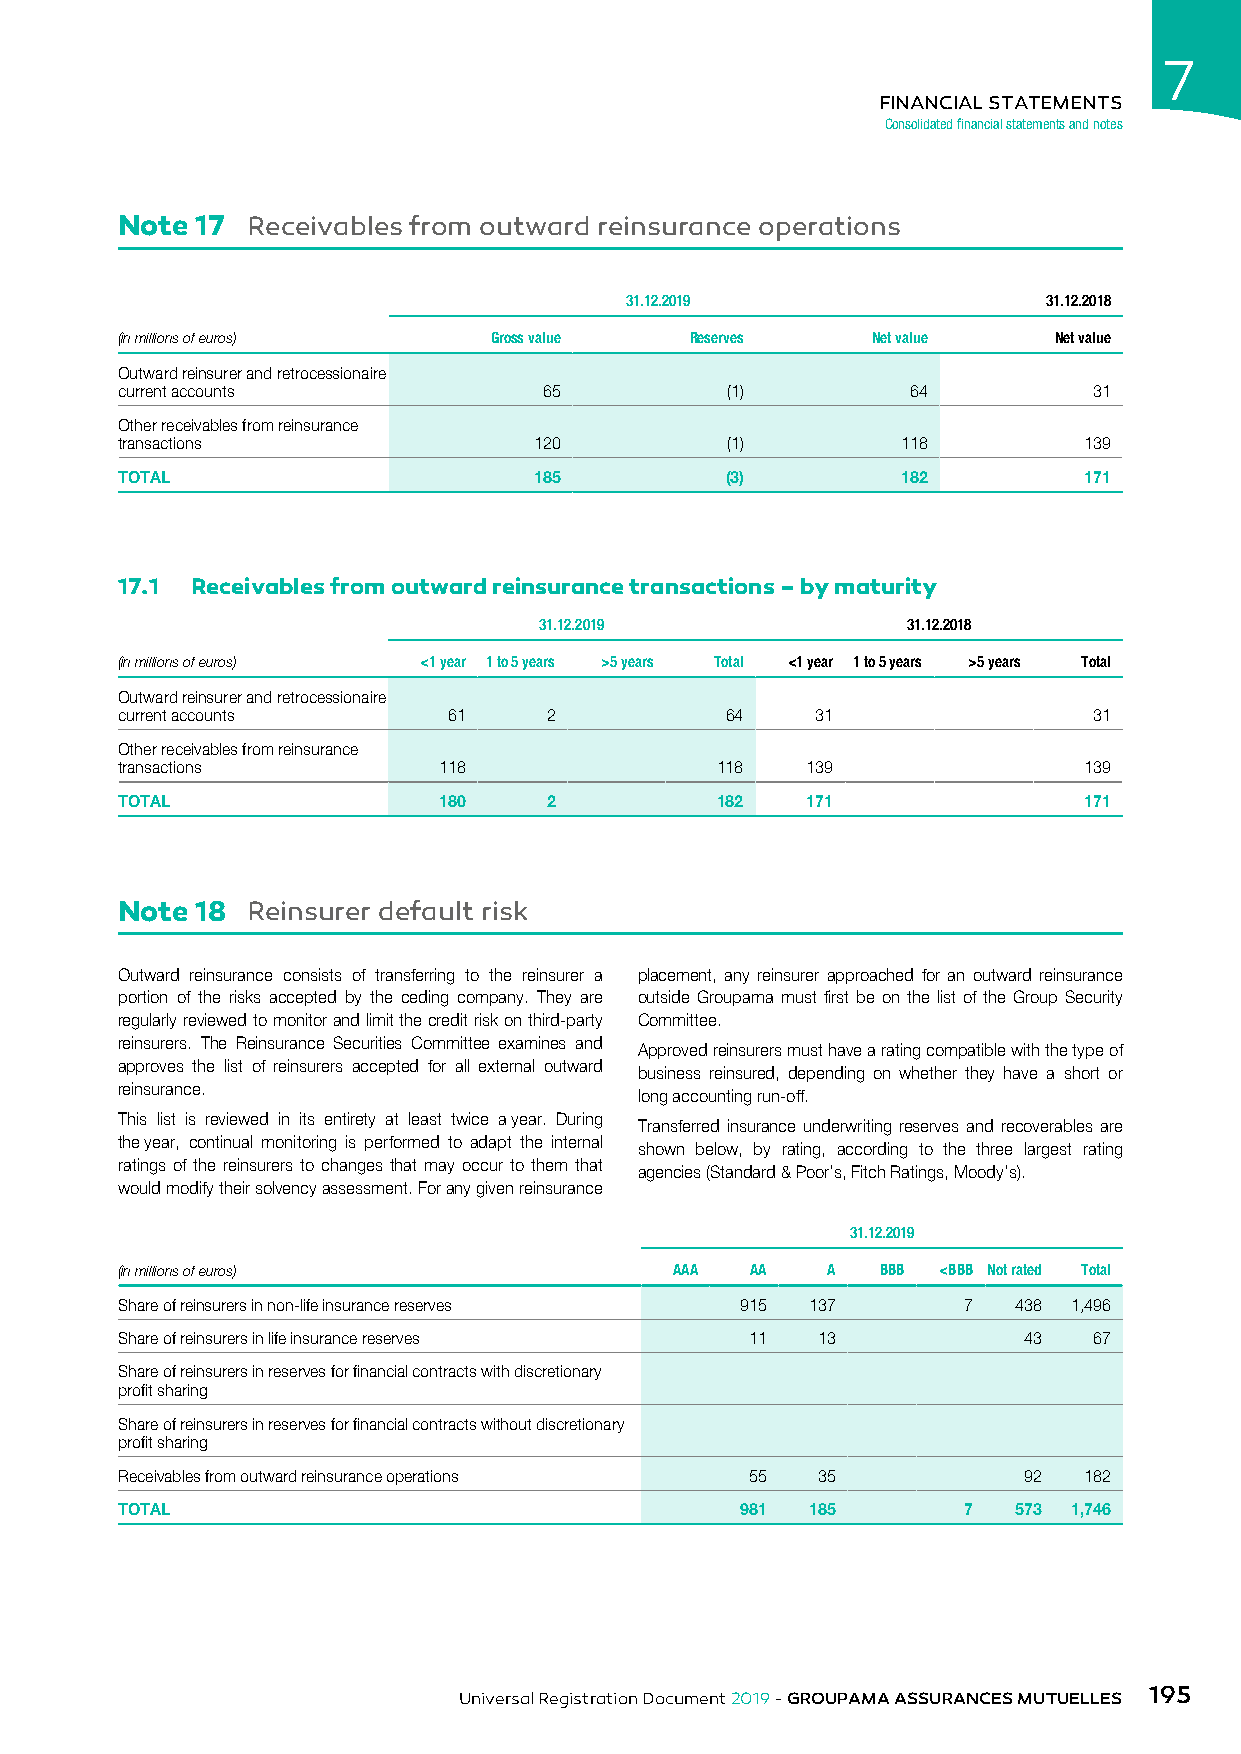
7
 FINANCIAL STATEMENTS
 Consolidated financial statements and notes
 Note 17 Receivables from outward reinsurance operations
 31.12.2019                  31.12.2018
 (in millions of euros)  Gross value   Reserves    Net value   Net value
 Outward reinsurer and retrocessionaire
 current accounts            65          (1)         64          31
 Other receivables from reinsurance
 transactions               120          (1)         118         139
 TOTAL                      185          (3)         182         171
 17.1 Receivables from outward reinsurance transactions – by maturity
 31.12.2019              31.12.2018
 (in millions of euros) <1 year 1 to 5 years >5 years Total <1 year 1 to 5 years >5 years Total
 Outward reinsurer and retrocessionaire
 current accounts      61    2           64    31                31
 Other receivables from reinsurance
 transactions         118               118   139                139
 TOTAL                180    2          182   171                171
 Note 18 Reinsurer default risk
 Outward reinsurance consists of transferring to the reinsurer a placement, any reinsurer approached for an outward reinsurance
 portion of the risks accepted by the ceding company. They are outside Groupama must first be on the list of the Group Security
 regularly reviewed to monitor and limit the credit risk on third-party Committee.
 reinsurers. The Reinsurance Securities Committee examines and
 Approved reinsurers must have a rating compatible with the type of
 approves the list of reinsurers accepted for all external outward
 business reinsured, depending on whether they have a short or
 reinsurance.
 long accounting run-off.
 This list is reviewed in its entirety at least twice a year. During
 Transferred insurance underwriting reserves and recoverables are
 the year, continual monitoring is performed to adapt the internal
 shown below, by rating, according to the three largest rating
 ratings of the reinsurers to changes that may occur to them that
 agencies (Standard & Poor’s, Fitch Ratings, Moody’s).
 would modify their solvency assessment. For any given reinsurance
 31.12.2019
 (in millions of euros)               AAA  AA   A  BBB <BBB Not rated Total
 Share of reinsurers in non-life insurance reserves 915 137 7 438 1,496
 Share of reinsurers in life insurance reserves 11 13        43  67
 Share of reinsurers in reserves for financial contracts with discretionary
 profit sharing
 Share of reinsurers in reserves for financial contracts without discretionary
 profit sharing
 Receivables from outward reinsurance operations 55 35       92  182
 TOTAL                                    981  185       7  573 1,746
 195
 Universal Registration Document 2019 - GROUPAMA ASSURANCES MUTUELLES